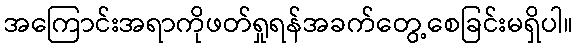
အကြောင်းအရာကိုဖတ်ရှုရန်အခက်တွေ့စေခြင်းမရှိပါ။